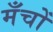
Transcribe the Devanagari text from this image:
मँचों